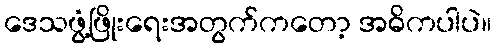
ဒေသဖွံ့ဖြိုးရေးအတွက်ကတော့ အဓိကပါပဲ။